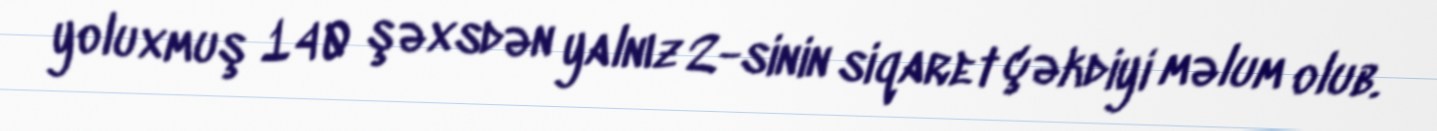
yoluxmuş 140 şəxsdən yalnız 2-sinin siqaret çəkdiyi məlum olub.